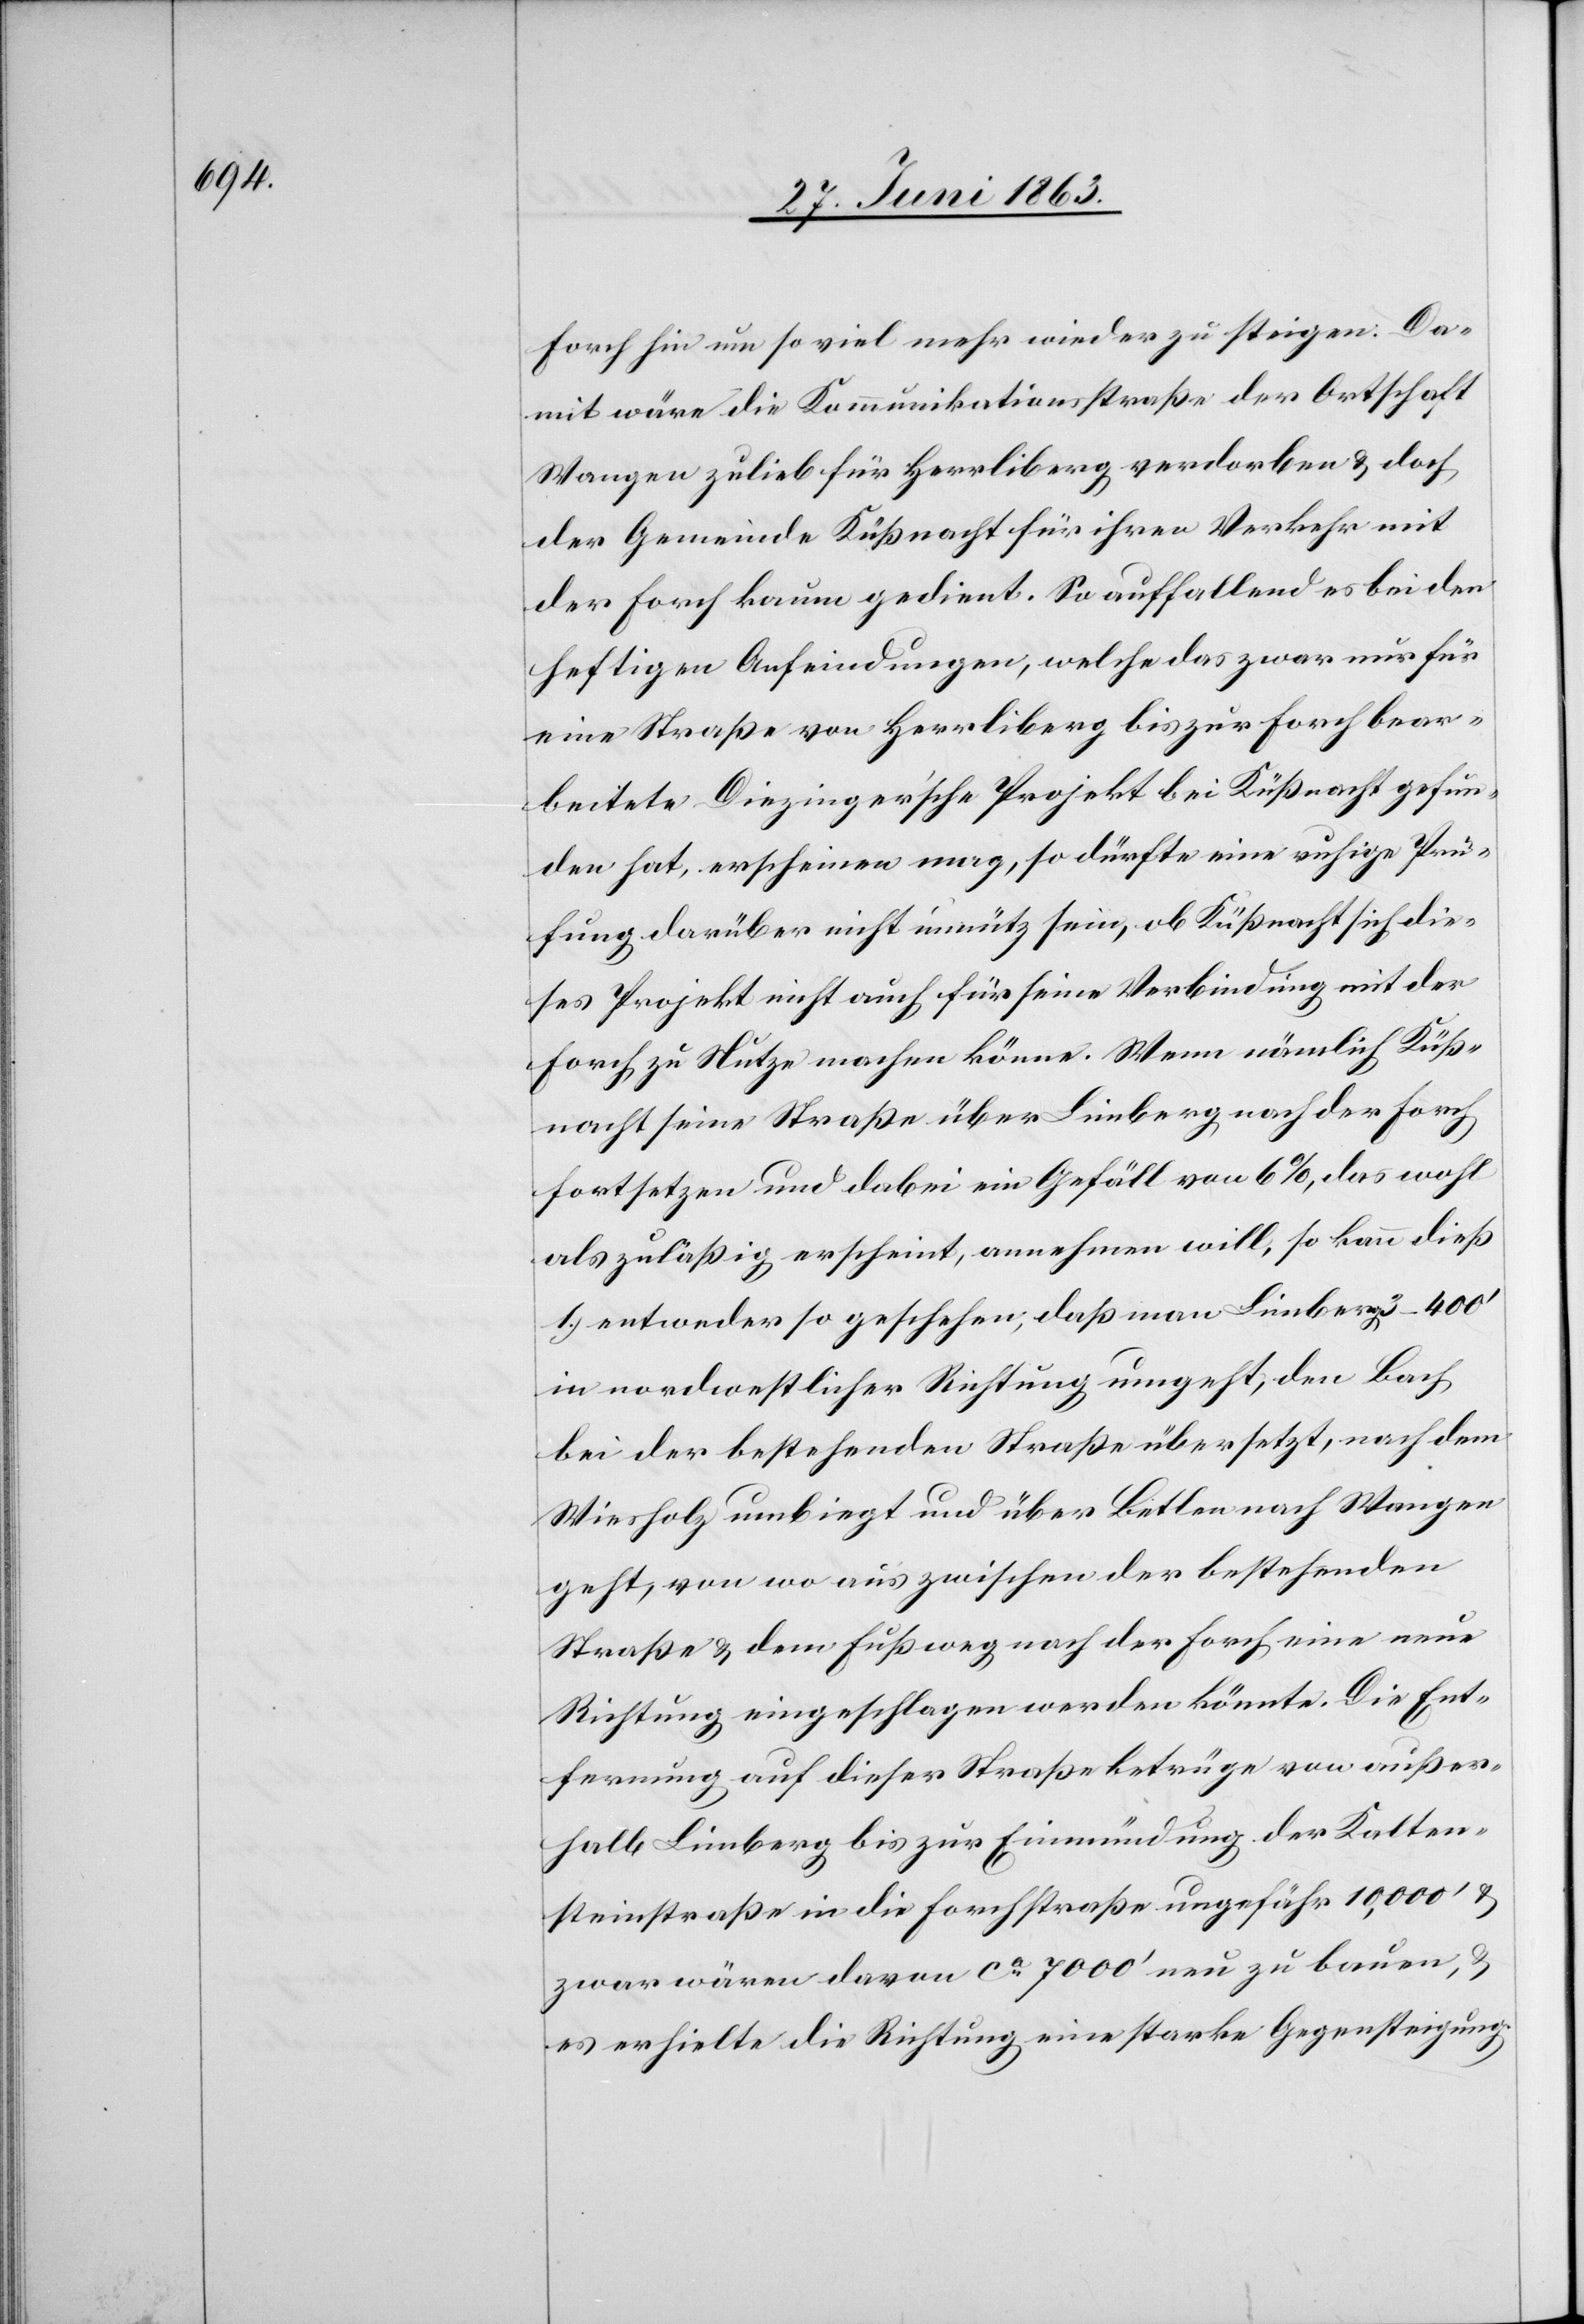
Forch hin um so viel mehr wieder zu steigen. Da¬
mit wäre die Kommunikationsstraße der Ortschaft
Wangen zulieb für Herrliberg verdorben & doch
der Gemeinde Küßnacht für ihren Verkehr mit
der Forch kaum gedient. So auffallend es bei den
heftigen Anfeindungen, welche das zwar nur für
eine Straße von Herrliberg bis zur Forch bear¬
beitete Diezinger'sche Projekt bei Küßnacht gefun¬
den hat, erscheinen mag, so dürfte eine ruhige Prü¬
fung darüber nicht unnütz sein, ob Küßnacht sich die¬
ses Projekt nicht auch für seine Verbindung mit der
Forch zu Nutze machen könne. Wenn nämlich Küß¬
nacht seine Straße über Limberg nach der Forch
fortsetzen und dabei ein Gefäll von 6%, das wohl
als zuläßig erscheint, annehmen will, so kann dieß
1.) entweder so geschehen, daß man Limberg 3–400'
in nordwestlicher Richtung umgeht, den Bach
bei der bestehenden Straße übersetzt, nach dem
Wiesholz umbiegt und über Betlen nach Wangen
geht, von wo aus zwischen der bestehenden
Straße & dem Fußweg nach der Forch eine neue
Richtung eingeschlagen werden könnte. Die Ent¬
fernung auf dieser Straße betrüge von außer¬
halb Limberg bis zur Einmündung der Kalten¬
steinstraße in die Forchstraße ungefähr 10,000' &
zwar wären davon ca 7000' neu zu bauen, &
es erhielte die Richtung eine starke Gegensteigung.